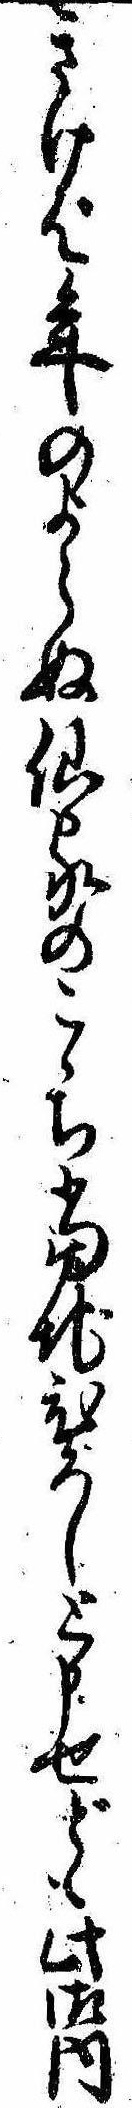
きけば年のよらぬ仙家のこゝち当地ひろしと申せども此御内